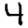
Digit: 4